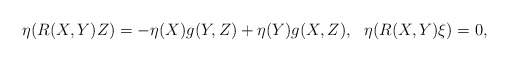
\begin{align*}\eta(R(X,Y)Z)=-\eta(X)g(Y,Z)+\eta(Y)g(X,Z), \ \ \eta(R(X,Y)\xi)=0,\end{align*}